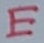
Text: E